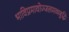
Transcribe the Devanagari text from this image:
भाविप्रमावोज्जलमव्यबुद्धिः